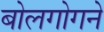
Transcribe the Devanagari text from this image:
बोलगोगने